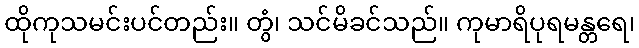
ထိုကုသမင်းပင်တည်း။ တွံ၊ သင်မိခင်သည်။ ကုမာရိပုရမန္တရေ၊